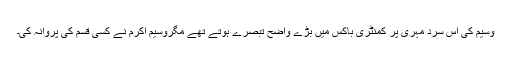
وسیم کی اس سرد مہری پر کمنٹری باکس میں بڑے واضح تبصرے ہوتے تھے مگروسیم اکرم نے کسی قسم کی پروانہ کی۔